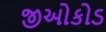
જીઓકોડ